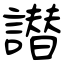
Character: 譛